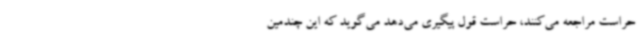
حراست مراجعه می‌کنند، حراست قول پیگیری می‌دهد می‌گوید که این چندمین